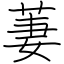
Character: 萋